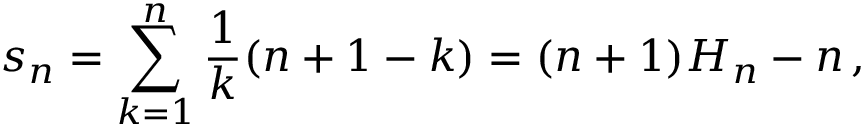
s _ { n } = \sum _ { k = 1 } ^ { n } { { \frac { 1 } { k } } ( n + 1 - k ) } = ( n + 1 ) H _ { n } - n \, ,